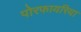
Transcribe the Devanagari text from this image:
पोरफायरिया